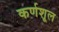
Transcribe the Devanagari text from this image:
कर्णशूल